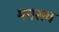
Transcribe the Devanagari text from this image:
मनसव